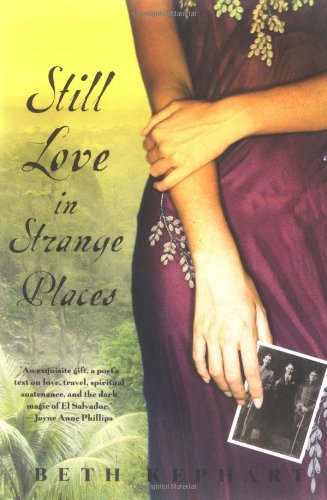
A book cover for Still Love in Strange Places; Beth Kephart; Travel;